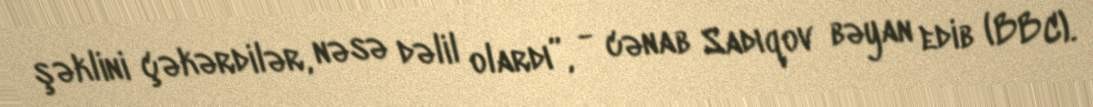
şəklini çəkərdilər, nəsə dəlil olardı”, - cənab Sadıqov bəyan edib (BBC).